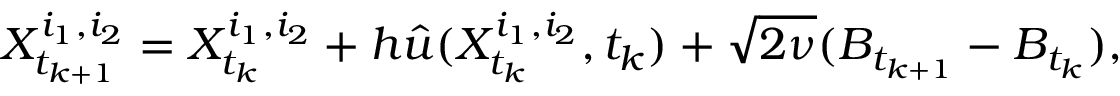
X _ { t _ { k + 1 } } ^ { i _ { 1 } , i _ { 2 } } = X _ { t _ { k } } ^ { i _ { 1 } , i _ { 2 } } + h \Hat { u } ( X _ { t _ { k } } ^ { i _ { 1 } , i _ { 2 } } , t _ { k } ) + \sqrt { 2 \nu } ( B _ { t _ { k + 1 } } - B _ { t _ { k } } ) ,